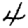
Digit: 4